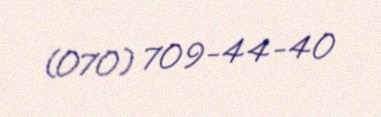
(070) 709-44-40